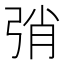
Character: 弰